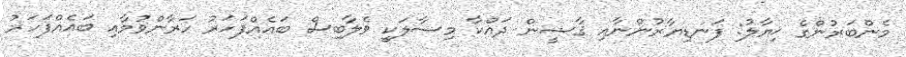
މެންބަރުންގެ ޚިޔާލު: ފަނޑިޔާރުންނާއި ޤާޟީން ދައްކާ މިސާލަކީ ވެލާބިސް ބައެއްފަހަރު ހަރާންވުމާއި ބައެއްފަހަރު